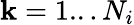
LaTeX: \mathbf{k}=1...N_{i}